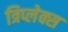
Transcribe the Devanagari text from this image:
त्रिप्लेक्स